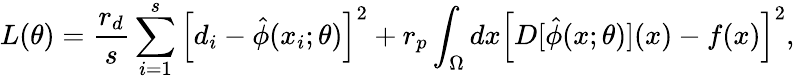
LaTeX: L(\theta)=\frac{r_{d}}{s}\sum_{i=1}^{s}\left[d_{i}-\hat{\phi}(x_{i};\theta)\right]^{2}+r_{p}\int_{\Omega}dx\left[D[\hat{\phi}(x;\theta)](x)-f(x)\right]^{2},